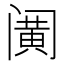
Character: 𰿹